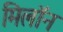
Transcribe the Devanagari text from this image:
मिलॉन